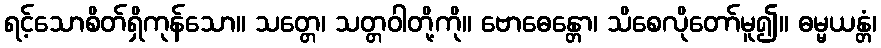
ရင့်သောစိတ်ရှိကုန်သော။ သတ္တေ၊ သတ္တဝါတို့ကို။ ဗောဓေန္တော၊ သိစေလိုတော်မူ၍။ ဓမ္မယန္တံ၊